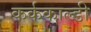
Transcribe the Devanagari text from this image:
कर्ककाल्डी